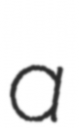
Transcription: a